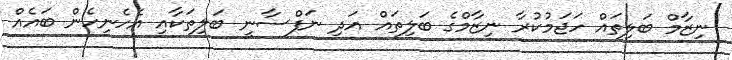
ނިޒާމް ބަލިތައް ހަޖަމުކުރާ ނިޒާމްގެ ބަލިތައް އަދި ނަފްސާނީ ބަލިތަކާއި އެހެނިހެން ބައެއް